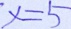
x = 5